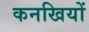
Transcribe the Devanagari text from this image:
कनखियों